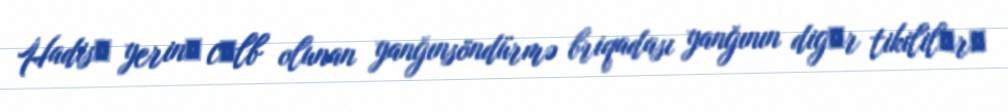
Hadisә yerinә cәlb olunan yanğınsöndürmə briqadası yanğının digәr tikililәrә